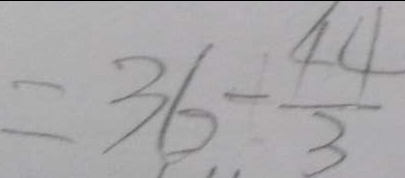
= 3 6 - \frac { 4 4 } { 3 }